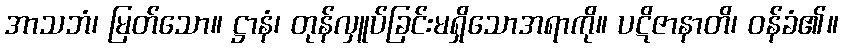
အာသဘံ၊ မြတ်သော။ ဋ္ဌာနံ၊ တုန်လှူပ်ခြင်းမရှိသောအရာကို။ ပဋိဇာနာတိ၊ ဝန်ခံ၏။